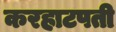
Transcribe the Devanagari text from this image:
करहाटपती